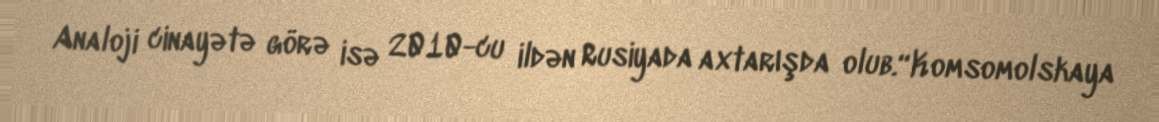
Analoji cinayətə görə isə 2010-cu ildən Rusiyada axtarışda olub.“Komsomolskaya